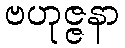
ဗဟုဇ္ဇနာ